Vaccination in Bombay 1874-1876 - 1874-1876
Year: 1874
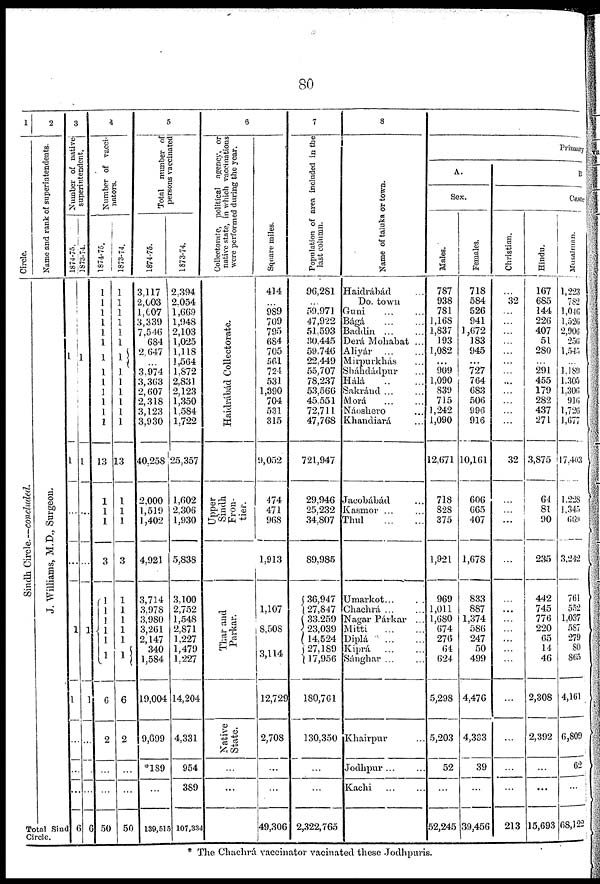
80
1
Circle.
Si ndh Circle.—concluded.
2
Name and rank of superintendents.
J. Wi l l i a ms , M. D. , Sur geon.
Total Sind
Circle.
3
Number of native
superintendent.
1874-75.
1
1
1
1
...
...
...
6
1873-74.
1
1
1
1
...
...
...
6
4
Number of vacci¬
nators.
1874-75.
1
1
1
1
1
1
1
1
1
1
1
1
1
13
1
1
1
3
1
1
1
1
1
1
6
2
...
...
50
1873-74.
1
1
1
1
1
1
1
1
1
1
1
1
1
13
1
1
1
3
1
1
1
1
1
1
6
2
...
...
50
5
Total number of
persons vaccinated
1874-75.
3,117
2,603
1,607
3,339
7,546
684
2,647
...
3,974
3,363
2,607
2,318
3,123
3,930
40,258
2,000
1,519
1,402
4,921
3,714
3,978
3,980
3,261
2,147
340
1,584
19,004
9,699
*189
...
139,515
1873-74.
2,394
2,054
1,669
1,948
2,103
1,025
1,118
1,564
1,872
2,831
2,123
1,350
1,584
1,722
25,357
1,602
2,306
1,930
5,838
3,100
2,752
1,548
2,871
1,227
1,479
1,227
14,204
4,331
954
389
107,334
6
Collectorate, political agency, or
native state, in which vaccinations
were performed during the year.
Haidrábád Collectorate.
Upper
Sindh
Fron-
tier.
Thar and
Parkar.
Native
State.
...
...
Square miles.
414
...
989
709
795
684
705
561
724
531
1,390
704
531
315
9,052
474
471
968
1,913
1,107
8,508
3,114
12,729
2,708
...
...
49,306
7
Population of area included in the
last column.
96,281
...
59,971
47,922
51,593
30,445
59,746
22,449
55,707
78,237
53,566
45,551
72,711
47,768
721,947
29,946
25,232
34,807
89,985
36,947
27,847
33,259
23,039
14,524
27,189
17,956
180,761
130,350
...
...
2,322,765
8
Name of taluka or town.
Haidrábád ...
Do. town
Guni ... ...
Bágá
...
...
Baddin ... ...
Derá Mohabat ...
Aliyár
...
...
Mirpurkhás ...
Sháhdádpur ...
Hálá
...
...
Sakránd...
...
Morá
...
...
Náoshero ...
Khandiará ...
Jacobábád ...
Kasmor ... ...
Thul
...
...
Umarkot...
...
Chachrá ... ...
Nagar Párkar ...
Mitti
...
...
Diplá
...
...
Kiprá ... ...
Sánghar ... ...
Khairpur ...
Jodhpur ... ...
Kachi
...
...
Primary
A.
Sex.
Males.
787
938
781
1,168
1,837
193
1,082
...
909
1,090
839
715
1,242
1,090
12,671
718
828
375
1,921
969
1,011
1,680
674
276
64
624
5,298
5,203
52
...
52,245
Females.
718
584
526
941
1,672
183
945
...
727
764
683
506
996
916
10,161
606
665
407
1,678
833
887
1,374
586
247
50
499
4,476
4,333
39
...
39,456
B.
Caste
Christian.
...
32
...
...
...
...
...
...
...
...
...
...
...
...
32
...
...
...
...
...
...
...
...
...
...
...
...
...
...
...
213
Hindu.
167
685
144
226
407
51
280
...
291
455
179
282
437
271
3,875
64
81
90
235
442
745
776
220
65
14
46
2,308
2,392
...
...
15,693
Musalman.
1,223
782
1,046
1,526
2,906
256
1,545
...
1, 189
1,305
1,306
916
1,726
1,677
17,403
1,228
1,345
669
3,242
761
552
1,037
587
279
80
865
4,161
6,809
62
...
68,122
* The Chachrá vaccinator vacinated these Jodhpuris.